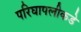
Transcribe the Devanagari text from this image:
परिघापलीकडे